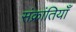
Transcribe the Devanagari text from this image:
संक्रांतियाँ